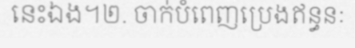
នេះឯង។២. ចាក់បំពេញប្រេងឥន្ធនៈ